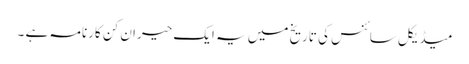
میڈیکل سائنس کی تاریخ میں یہ ایک حیران کن کارنامہ ہے ۔